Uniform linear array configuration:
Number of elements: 32
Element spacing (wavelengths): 0.5
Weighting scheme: binomial
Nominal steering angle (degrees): -15
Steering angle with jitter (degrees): -15.513
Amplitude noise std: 0.05
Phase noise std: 0.05

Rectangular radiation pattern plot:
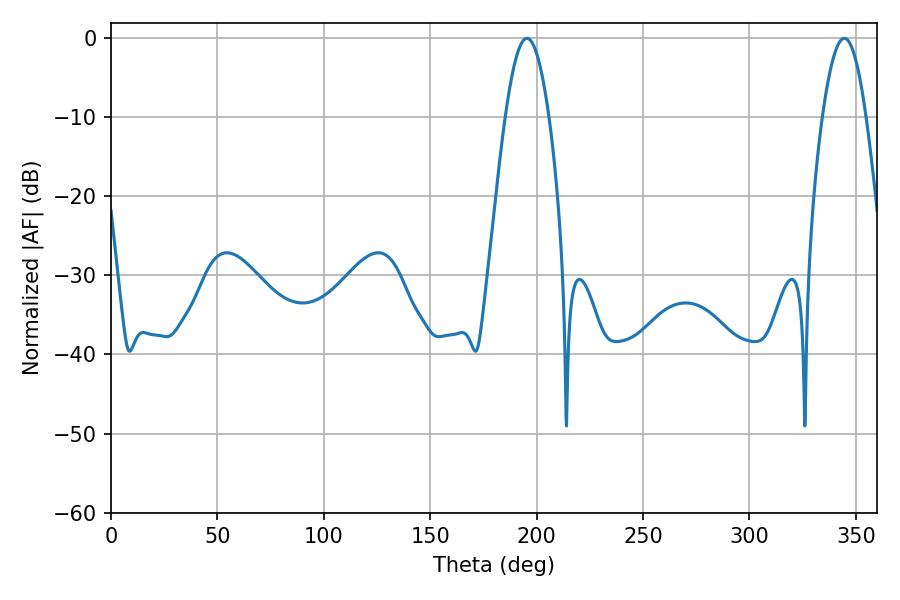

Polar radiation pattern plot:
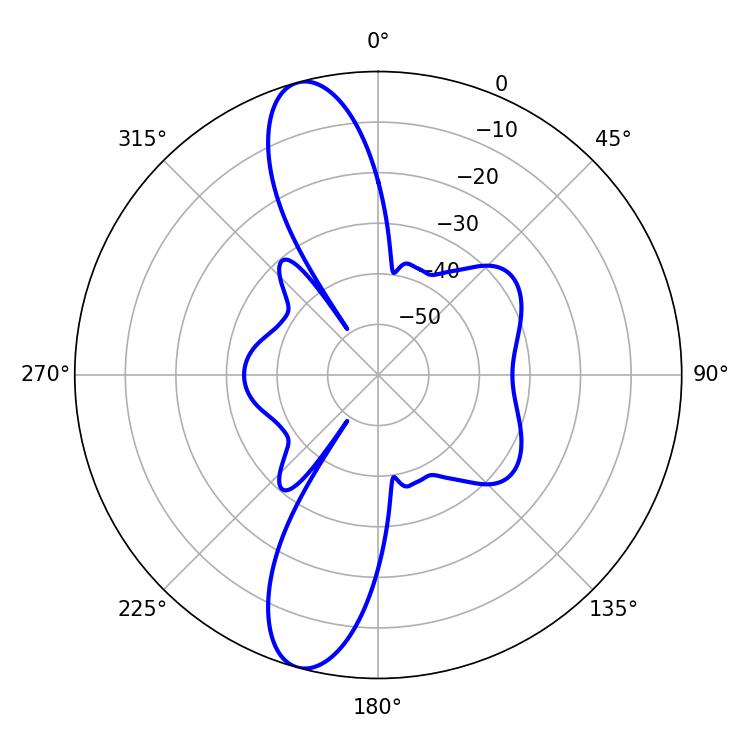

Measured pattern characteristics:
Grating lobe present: FALSE
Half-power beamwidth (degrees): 11.16
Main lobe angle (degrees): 195.48